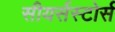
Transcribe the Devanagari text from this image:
सीयर्सस्‍टोर्स